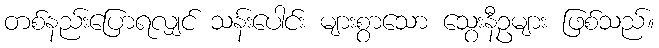
တစ်နည်းပြောရလျှင် သန်းပေါင်း များစွာသော သွေးနီဥများ ဖြစ်သည်။